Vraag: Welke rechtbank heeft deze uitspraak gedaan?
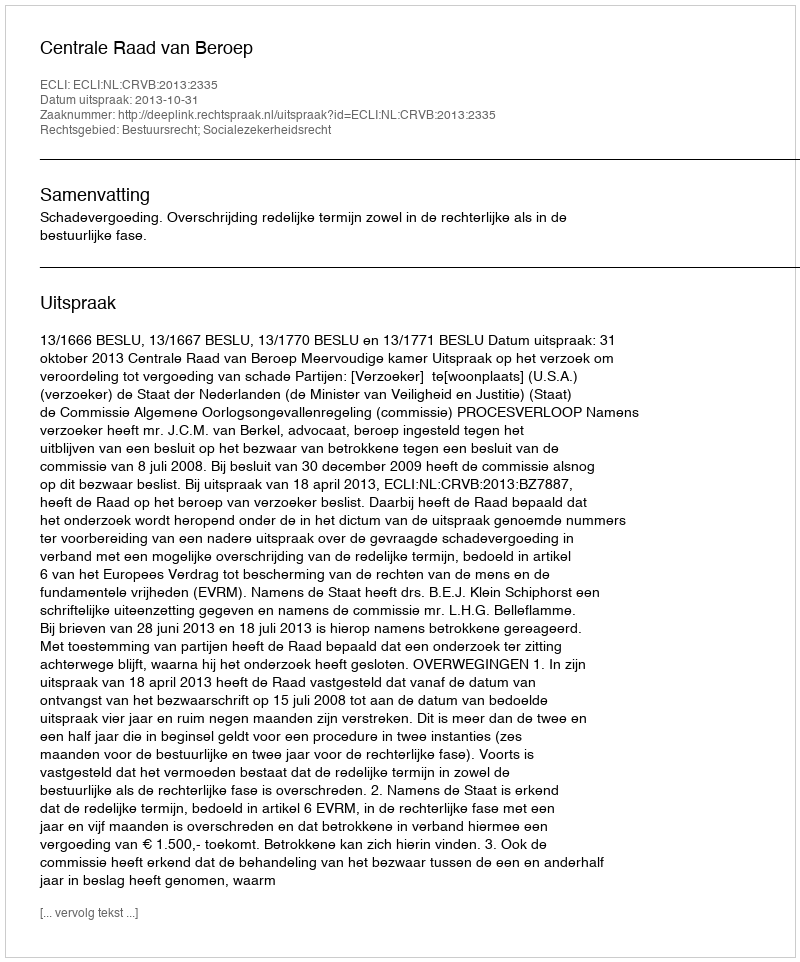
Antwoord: Centrale Raad van Beroep